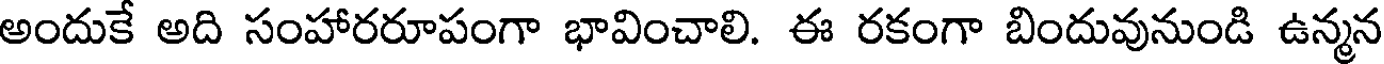
అందుకే అది సంహారరూపంగా భావించాలి. ఈ రకంగా బిందువునుండి ఉన్మన